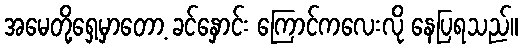
အမေတို့ရှေ့မှာတော့ ခင်နှောင်း ကြောင်ကလေးလို နေပြရသည်။